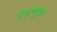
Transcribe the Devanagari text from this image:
नेमणूका